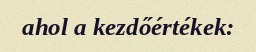
ahol a kezdőértékek: